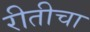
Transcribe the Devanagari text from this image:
रीतीचा